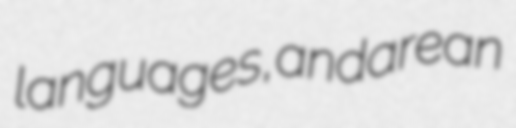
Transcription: languages, and are an